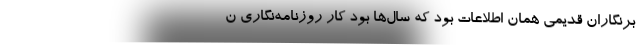
برنگاران قدیمی همان اطلاعات بود که سال‌ها بود کار روزنامه‌نگاری ن